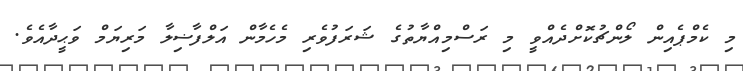
މި ކެމްޕެއިން ލޯންޗުކޮށްދެއްވީ މި ރަސްމިއްޔާތުގެ ޝަރަފުވެރި މެހެމާން އަލްފާޟިލާ މަރިޔަމް ވަޙީދާއެވެ.